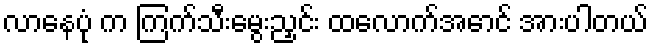
လာနေပုံ က ကြက်သီးမွေးညှင်း ထလောက်အောင် အားပါတယ်